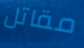
مقاتل